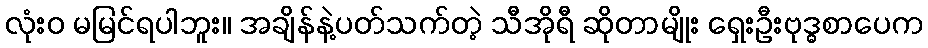
လုံးဝ မမြင်ရပါဘူး။ အချိန်နဲ့ပတ်သက်တဲ့ သီအိုရီ ဆိုတာမျိုး ရှေးဦးဗုဒ္ဓစာပေက